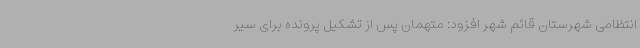
انتظامی شهرستان قائم شهر افزود: متهمان پس از تشکیل پرونده برای سیر